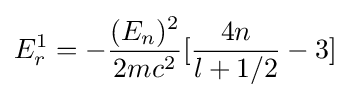
E_{r}^{1}=-{\frac {(E_{n})^{2}}{2mc^{2}}}\lbrack {\frac {4n}{l+1/2}}-3\rbrack